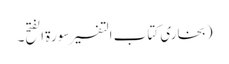
(بخاری کتاب التفسیر سورۃ الفتح۔